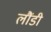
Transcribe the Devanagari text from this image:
लौंडी